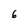
Character: 6